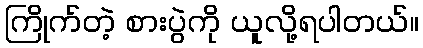
ကြိုက်တဲ့ စားပွဲကို ယူလို့ရပါတယ်။